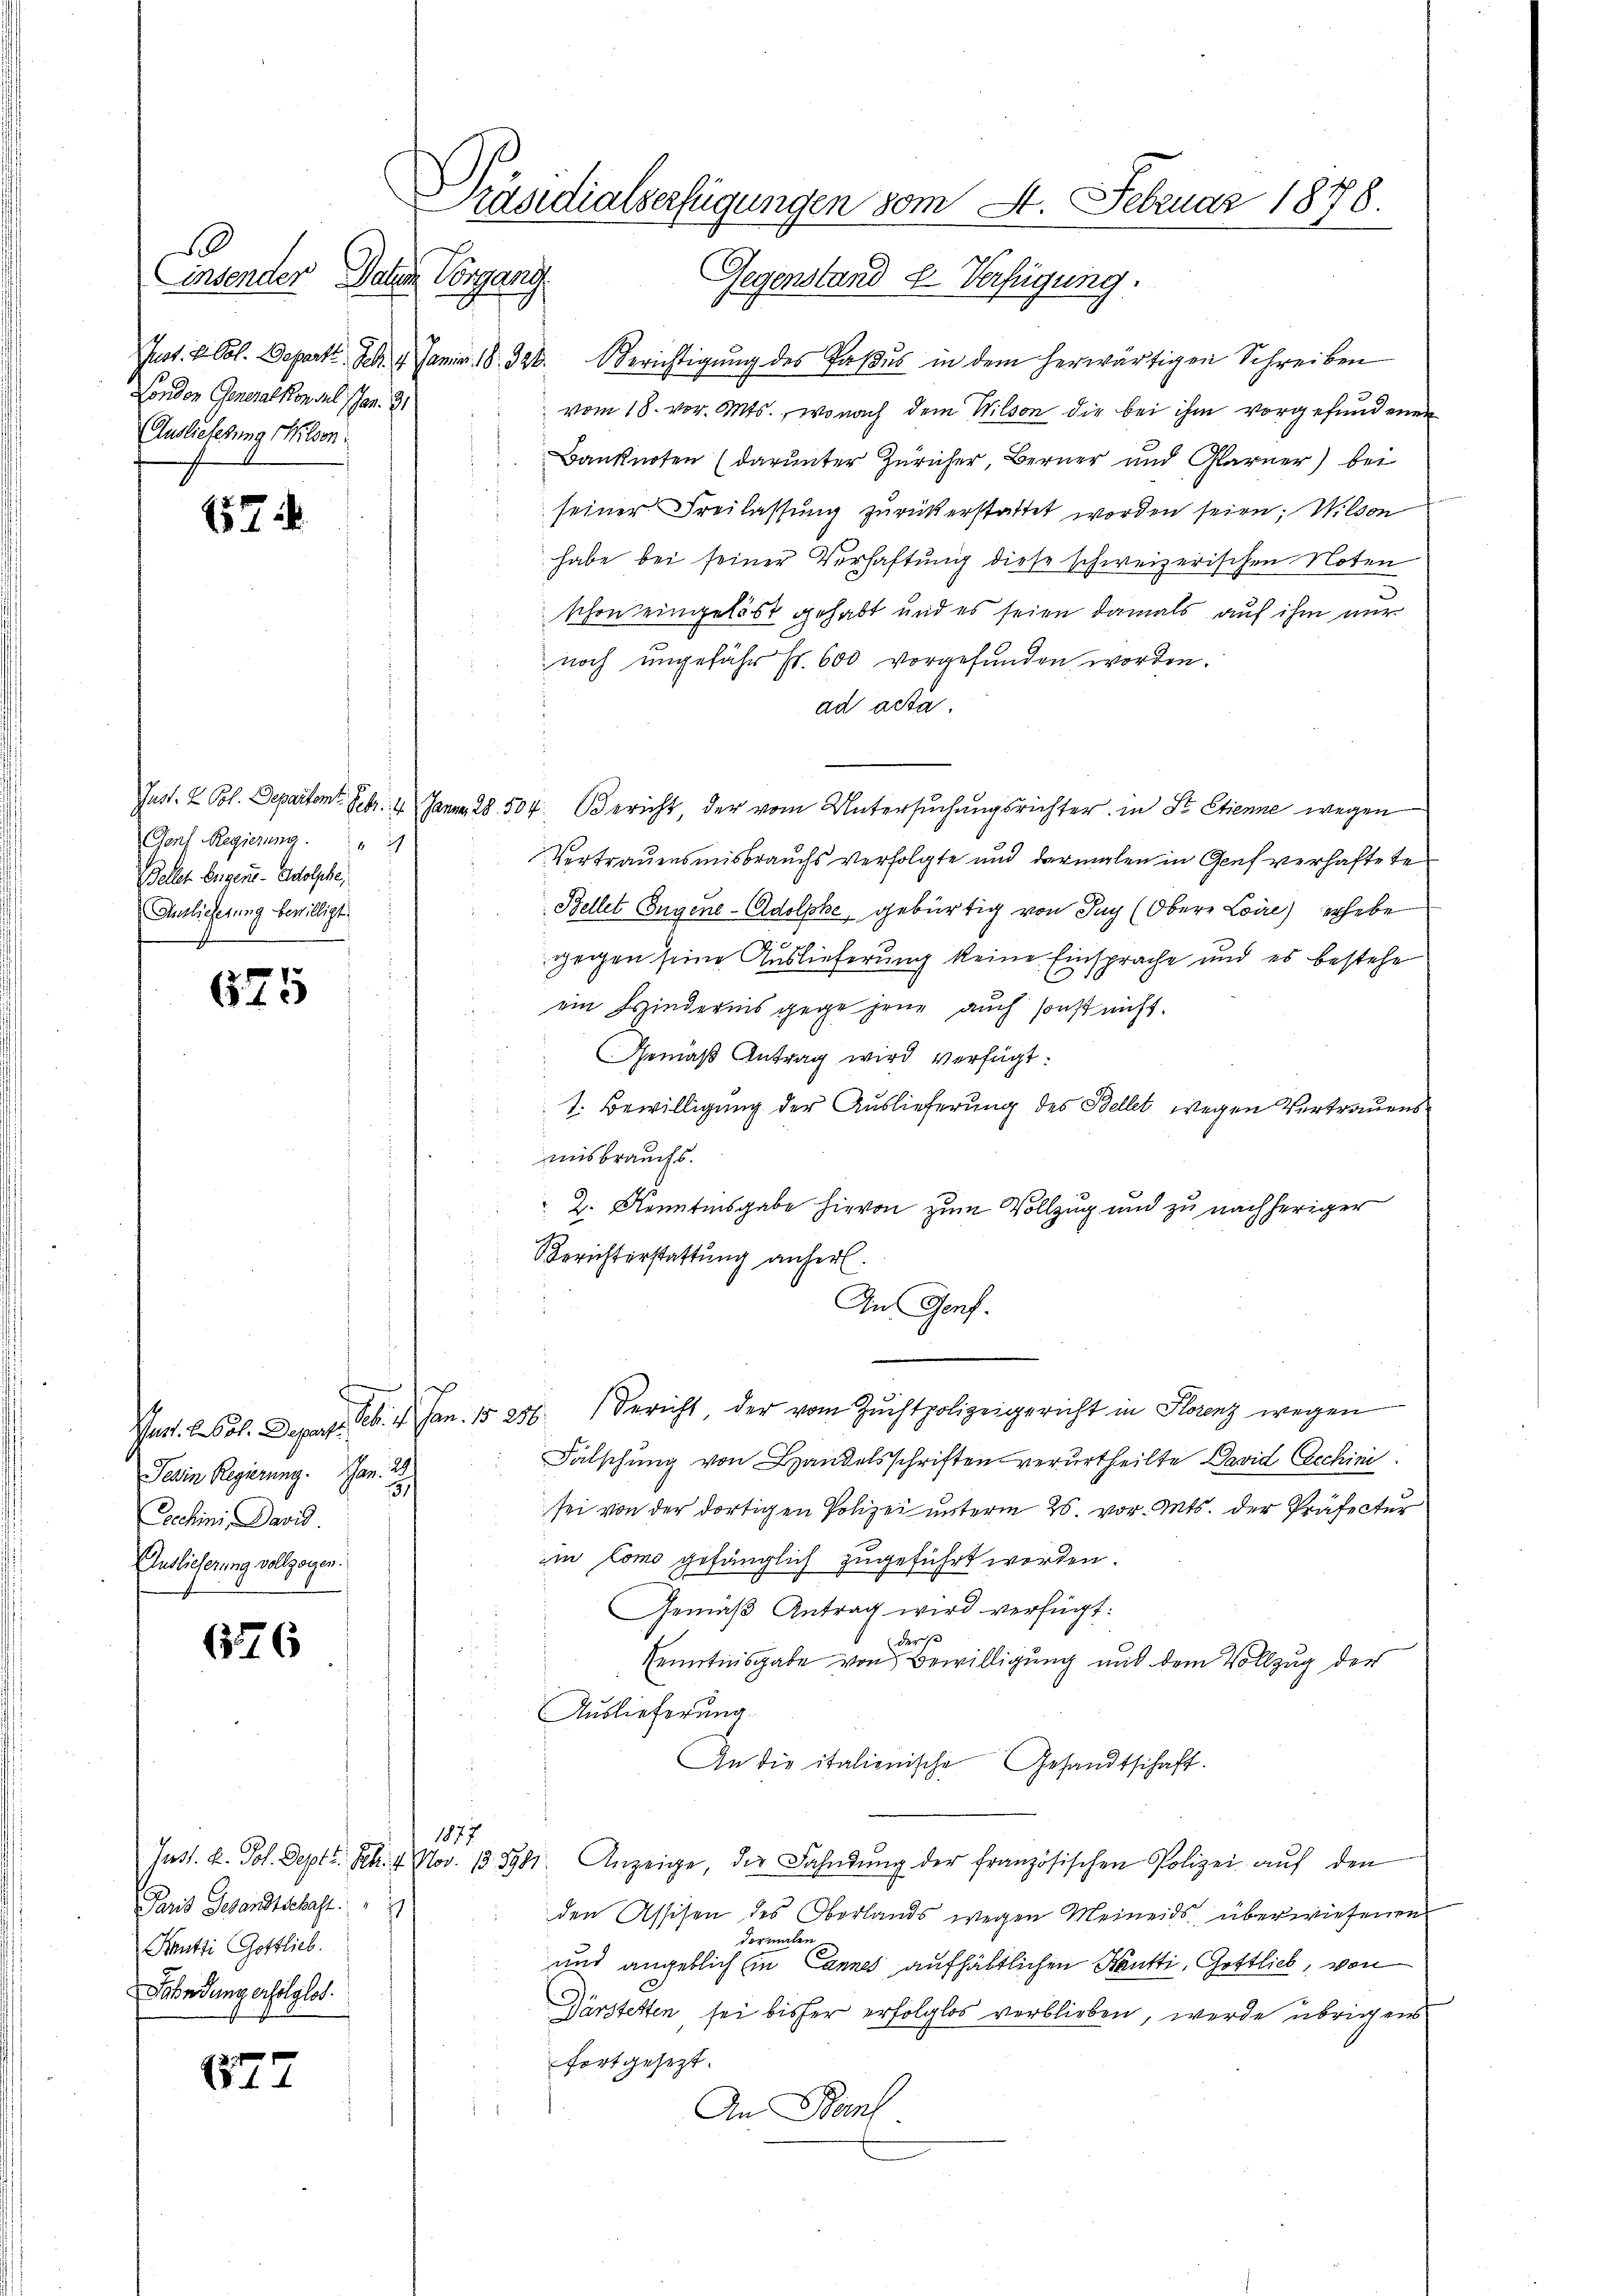
f
10
London Generalkonsul schen. 21
Auslieferung Wilson:

157

Genf Regierung " 1
Bellet beigens- Adolphe,
Denlicherung bewilligt.
f

675

Ab. 4. Jan. 15. 286.
Pact. l. Bol. Departe
Tessin Regierung. Jan. 2.
1
Eschini David.
Auslieferung vollzogen.

676

Paris Gesandtschaft
Rautti Gottlieb.
Fahndung erfolglos.

127

1877

Präsidialverfügungen vom St. Februar 1876.
insender Daten Vorgang. Gegenstand u. Verfügung.

Just. V. Col. Depart. S. 4. Janr. 18. 320. Berichtigŭng des Paβŭs in dem herwärtigen Schreiben
vom 18. vor. Mts., wonach dem Wilson die bei ihm vorgefundenen
Banknoten (darunter Züricher, Berner und Glarner) bei
seiner Freilassung zurückerstattet worden seien; Wilson
habe bei seiner Verhaftung diese schweizerischen Noten
schon eingelöst gehabt und es seien damals auf ihm nur
noch ungefähr Fr. 600 vorgefunden worden.
ad acta.
Just. 2 Pol. Departent. Febr. 4. Janna, 28 504. Bericht, der vom Untersŭchŭngsrichter in St. Etienne wegen
Vertrauensmisbrauchs verfolgte und dermalen in Genf verhaftete
Bellet Eugene-Adolphe, gebürtig von Pay (Obere Loire erhebe
gegen seine Auslieferung keine Einsprache und es bestehe
ein Hindernis gegen jene auch sonst nicht.
Gemäß Antrag wird verfügt:
1. Bewilligung der Auslieferung des Bellet wegen Vertrauens
misbrauchs.
2. Kenntnisgabe hievon zum Vollzug und zu nachheriger
Berichterstattung anhert.
An Genf.
Bericht, der vom Zuchtpolizeigericht in Florenz wegen
Falschung von Handelsschriften verurtheilte David Eechini
sei von der dortigen Polizei unterm 25. vor. Mts. der Präfecter
in Como gefänglich zugeführt worden.
Gemäß Antrag wird verfügt:
der s
Kenntnisgabe von Bewilligung und dem Vollzug der
Auslieferung
An die italienische Gesandtschaft.
Just. u. Joh. Sept. Frk. 4. Nov. 13. 591. Anzeige, die Fahndŭng der französischen Polizei aŭf den
den Assisen des Oberlands wegen Meineids überwiesenen
dermalen.
und angeblich Ein Cannes aufhältlichen Kantti, Gottlich, von
Därstetten sei bisher erfolglos verblieben, werde übrigens
fortgesezt.
i
An Berl